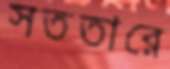
সততারে